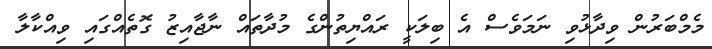
މެމްބަރުން ވިދާޅުވި ނަމަވެސް އެ ބިލަކީ ރައްޔިތުންގެ މުދާތައް ނާޖާއިޒު ގޮތެއްގައި ވިއްކާލާ